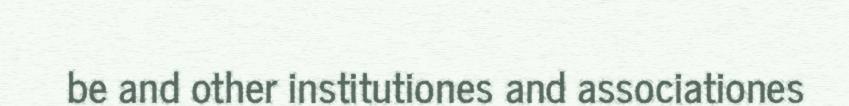
be and other institutiones and associationes